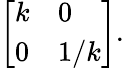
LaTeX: {\left[\begin{array}{ll}{k}&{0}\\ {0}&{1/k}\end{array}\right]}.